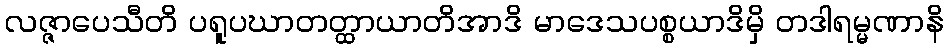
လဇ္ဇာပေသီတိ ပရူပဃာတတ္ထာယာတိအာဒိ မာဒေသပစ္စယာဒိမှိ တဒါရမ္မဏာနိ